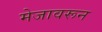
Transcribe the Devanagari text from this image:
मेजावरून